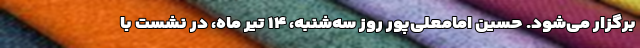
برگزار می‌شود. حسین امامعلی‌پور روز سه‌شنبه، ۱۴ تیر ماه، در نشست با